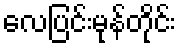
လေပြင်းမုန်တိုင်း